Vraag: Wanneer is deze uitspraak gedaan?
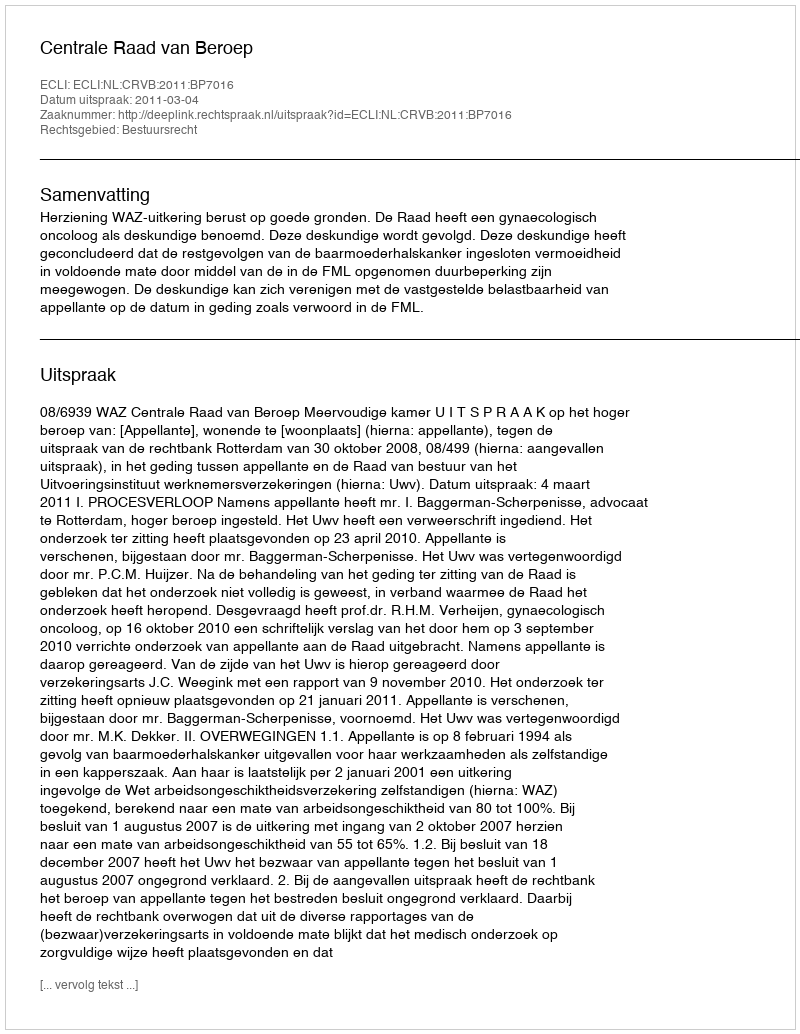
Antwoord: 2011-03-04